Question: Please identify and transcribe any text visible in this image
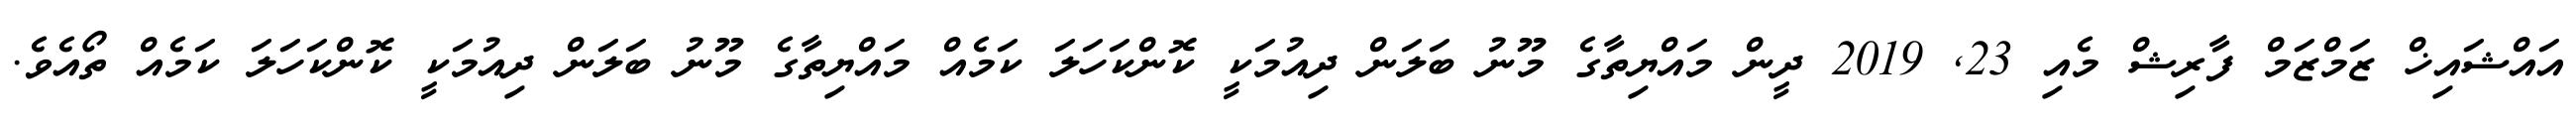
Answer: އައްޝައިޚް ޒަމްޒަމް ފާރިޝް މެއި 23, 2019 ދީން މައްޔިތާގެ މޫނު ބަލަން ދިއުމަކީ ކޮންކަހަލަ ކަމެއް މައްޔިތާގެ މޫނު ބަލަން ދިއުމަކީ ކޮންކަހަލަ ކަމެއް ތޯއެވެ.